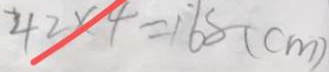
4 2 \times 4 = 1 6 8 ( c m )